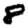
Digit: 8